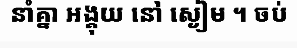
នាំគ្នា អង្គុយ នៅ ស្ងៀម ។ ចប់